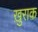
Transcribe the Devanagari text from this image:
ख़ुराक़